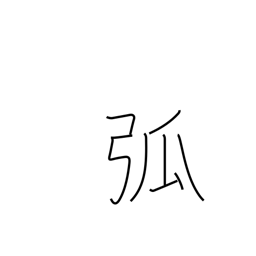
Meaning: arch